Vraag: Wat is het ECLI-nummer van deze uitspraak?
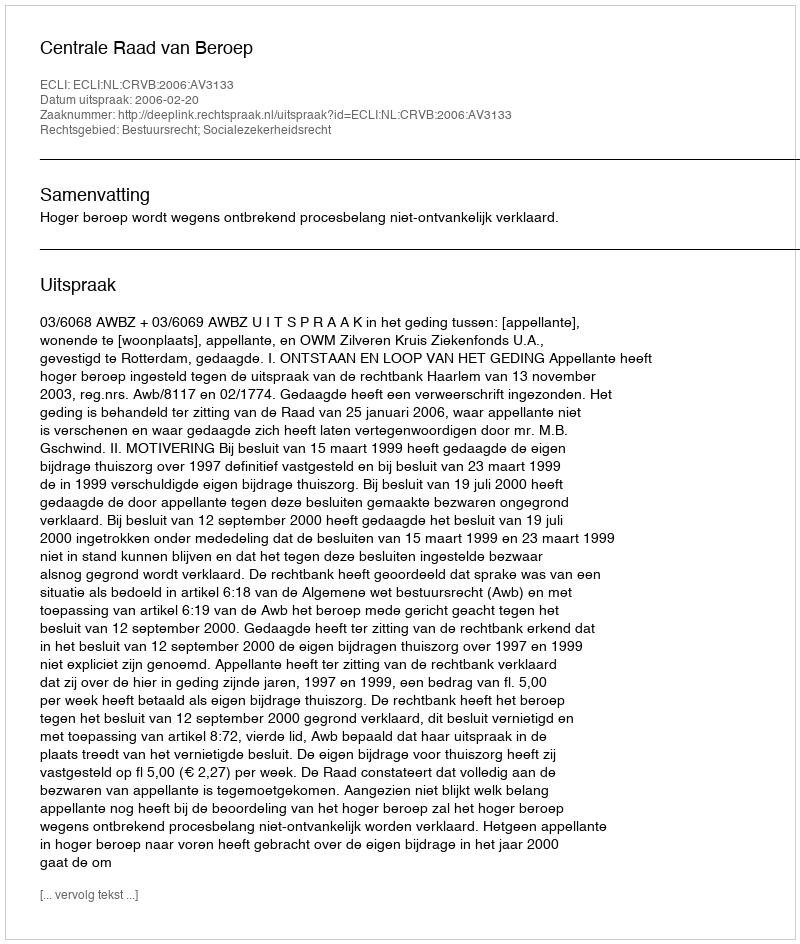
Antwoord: ECLI:NL:CRVB:2006:AV3133